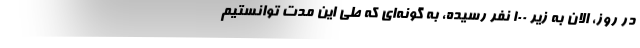
در روز، الان به زیر 100 نفر رسیده، به گونه‌ای که طی این مدت توانستیم